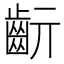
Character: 𪗞